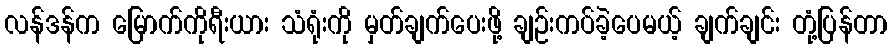
လန်ဒန်က မြောက်ကိုရီးယား သံရုံးကို မှတ်ချက်ပေးဖို့ ချဉ်းကပ်ခဲ့ပေမယ့် ချက်ချင်း တုံ့ပြန်တာ